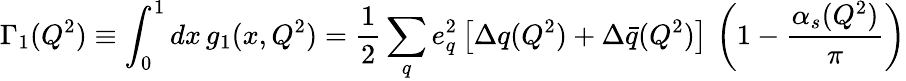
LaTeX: \Gamma_{1}(Q^{2})\equiv\int_{0}^{1}dx\, g_{1}(x,Q^{2})=\frac{1}{2}\sum_{q}e_{q}^{2}\left[\Delta q(Q^{2})+\Delta\bar{q}(Q^{2})\right]\, \left(1-\frac{\alpha_{s}(Q^{2})}{\pi}\right)